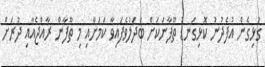
ގުޅިގެން އުފެދުނު ކޮޅިގަނޑު ތޫފާނަކަށް ބަދަލުވެފައިވާ ކަމަށާއި މި ތޫފާން ރާއްޖެއާއި ދުރަށް